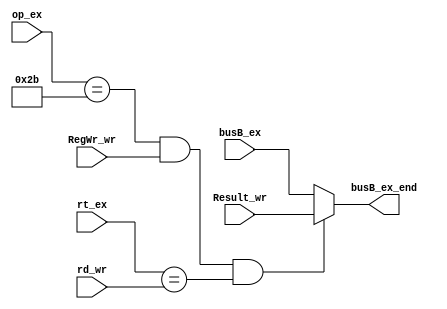
module ByPass_M(      //add 7,1,3,+ nop +sw 7    
 input RegWr_wr, 
 input[31:0] busB_ex,
 input [4:0] rt_ex,    
 input [4:0] rd_wr,   
  input [5:0] op_ex,   
  input [31:0] Result_wr,
  output [31:0] busB_ex_end

);




assign busB_ex_end=(op_ex==6'b101011 && RegWr_wr==1 &&  rt_ex==rd_wr)? Result_wr:busB_ex  ;

endmodule